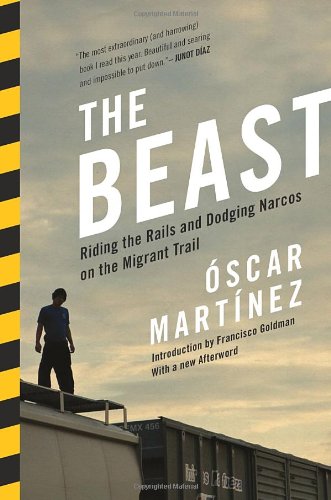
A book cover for The Beast: Riding The Rails And Dodging Narcos On The Migrant Trail; Oscar Martinez; Politics & Social Sciences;